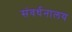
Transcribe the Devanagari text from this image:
संवर्धनालय